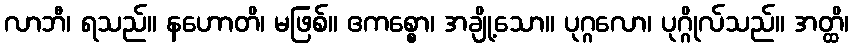
လာဘီ၊ ရသည်။ နဟောတိ၊ မဖြစ်။ ဧကစ္စော၊ အချို့သော။ ပုဂ္ဂလော၊ ပုဂ္ဂိုလ်သည်။ အတ္ထိ၊